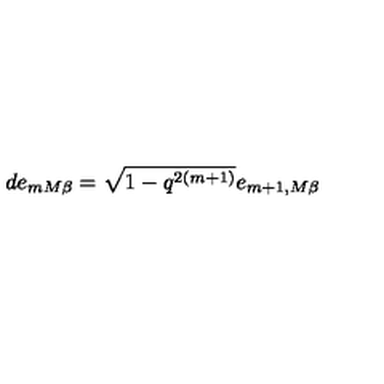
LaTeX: d e _ { m M \beta } = \sqrt { 1 - q ^ { 2 ( m + 1 ) } } e _ { m + 1 , M \beta }